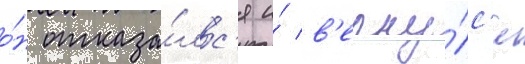
о́н отказа́лс'я и́ в'ерну́лс'я